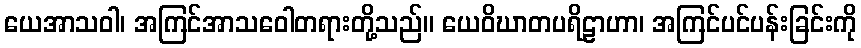
ယေအာသဝါ၊ အကြင်အာသဝေါတရားတို့သည်။ ယေဝိဃာတပရိဠာဟာ၊ အကြင်ပင်ပန်းခြင်းကို